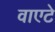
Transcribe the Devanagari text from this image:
वाएटे